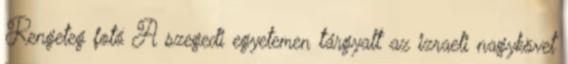
Rengeteg fotó A szegedi egyetemen tárgyalt az izraeli nagykövet